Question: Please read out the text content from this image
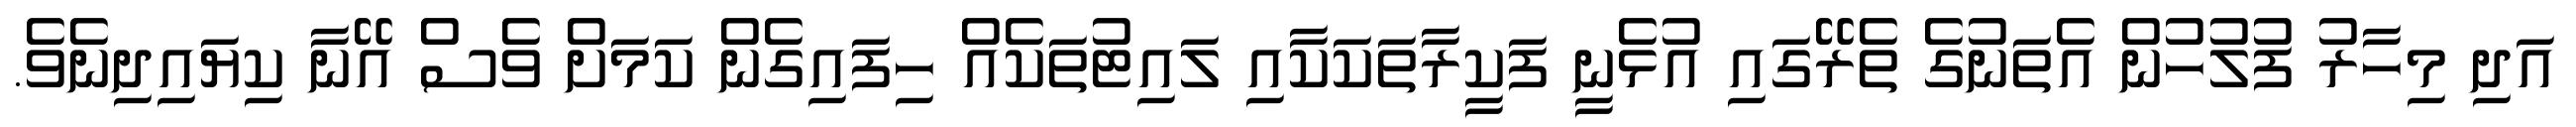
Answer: އަދި މިހާރު ފުލުހުން އެތަނުގެ ތެރޭގައި އުޅެނީ ފަކީރާތަކަކާއި ލައިޓުތަކެއް ހިފައިގެން ކަމަށް ވެސް އޭނާ ކިޔައިދިނެވެ.